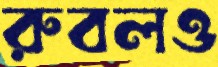
রুবলও